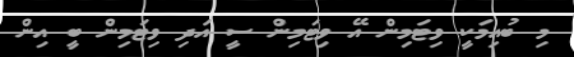
މި ބުއިމަކީ ވިޓަމިން އޭ ވިޓަމިން ސީ އަދި ވިޓަމިން ބީ އިން